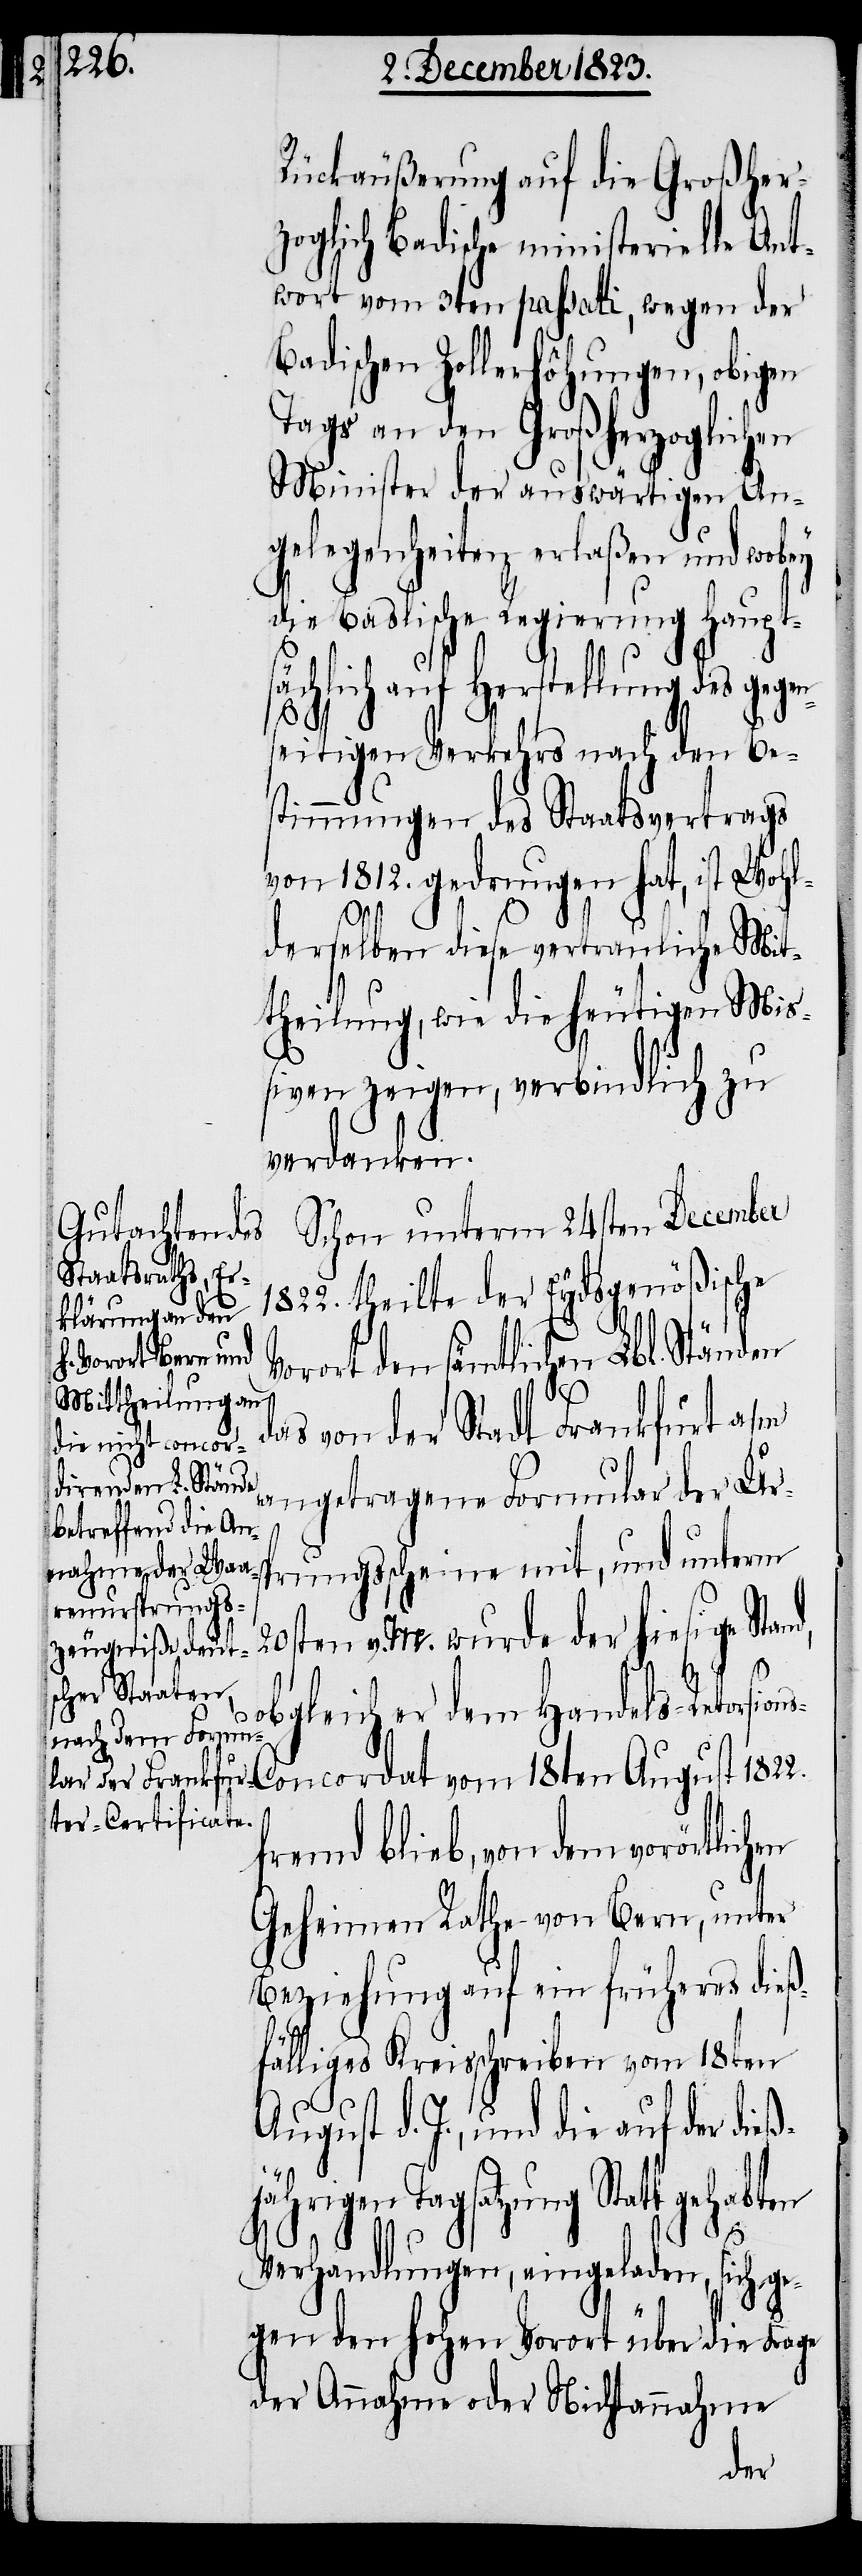
Rückäußerung auf die Großher¬
zoglich Badische ministerielle Ant¬
wort vom 3ten passati, wegen der
Badischen Zollerhöhungen, obigen
Tags an den Großherzoglichen
Minister der auswärtigen An¬
gelegenheiten erlaßen und wobey
die Baslische Regierung haupt¬
sächlich auf Herstellung des gegen¬
ß¬
seitigen Verkehrs nach den Be¬
stimmungen des Staatsvertrags
von 1812. gedrungen hat, ist Wohl¬
derselben diese vertrauliche Mit¬
theilung, wie die heutigen Mi¬
ßiven zeigen, verbindlich zu
verdanken.
Schon unterm 24sten December
1822. theilte der Eydsgenößische
Au¬
ons-Concordat
Vorort den sämtlichen Lbl. Ständen
das von der Stadt Frankfurt a/m
angetragene Formular der U¬
rsprungs¬
ten v. M. wurde der hiesige Stan¬
obgleich er dem Handels-Retorsi¬
d,
fremd blieb, von dem vorörtlich¬
Geheimen Rathe von Bern, unter
Beziehung auf ein früheres dieß¬
fälliges Kreisschreiben vom 18ten
gust d. J., und die auf der die¬
jährigen Tagsatzung Statt
Verhandlungen, eingeladen, sich g¬
egen den hohen Vorort über die Frage
der Annahme oder Nichtannahme